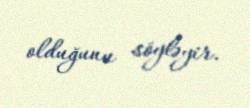
olduğunu söyləyir.